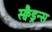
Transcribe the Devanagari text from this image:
स्क्वैड्रन्स